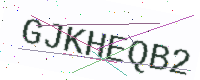
Text: GJKHEQB2